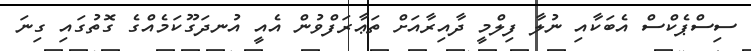
ސިސްޕެކްސް އެބަކާއި ނުލާ ފިލްމީ ދާއިރާއަށް ތަޢާރަފްވުން އެއީ އުނދަގޫކަމެއްގެ ގޮތުގައި ގިނަ